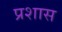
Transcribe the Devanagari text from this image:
प्रशास